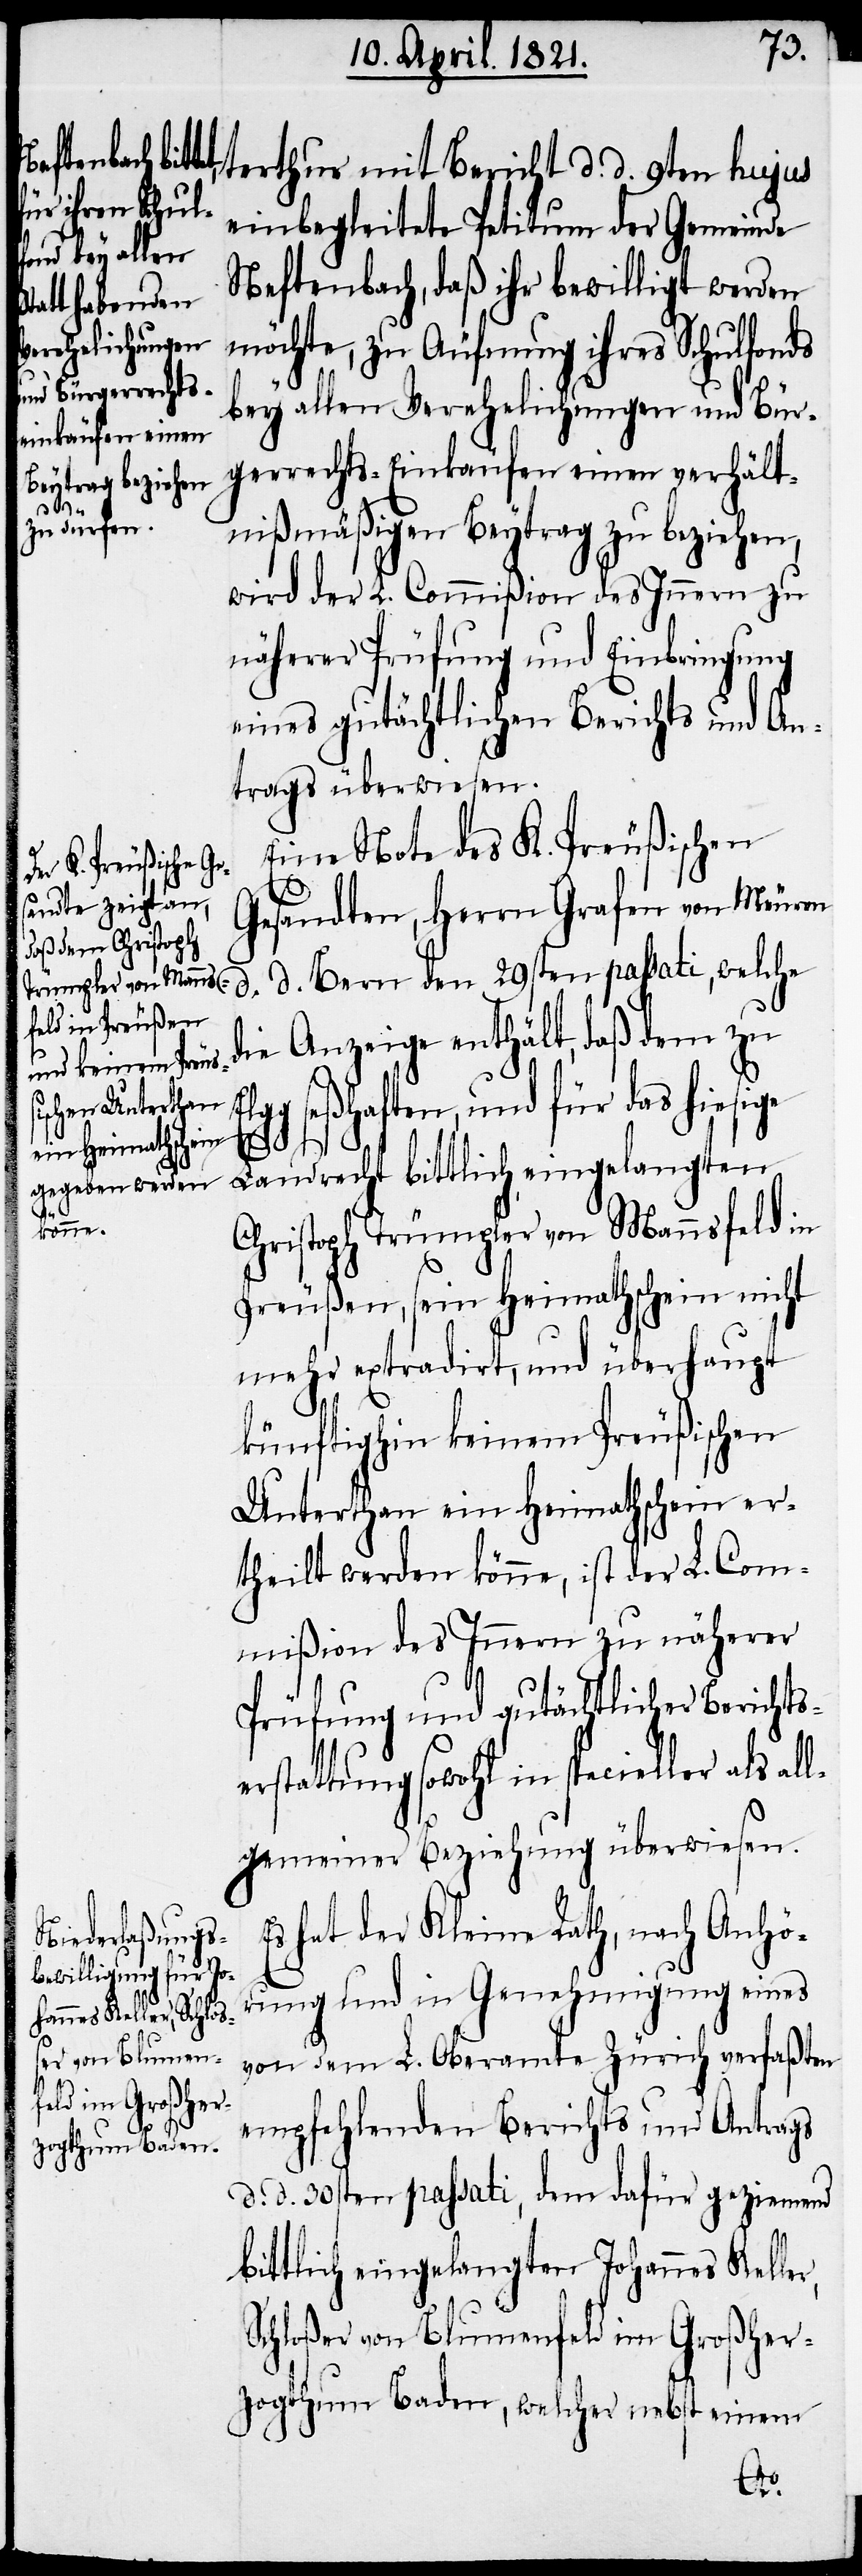
amte Win-
r,

terthur mit Bericht d. d. 9ten hujus
einbegleitete Petitum der Gemeinde
Neftenbach, daß ihr bewilligt werden
möchte, zu Äufnung ihres Schulfonds
bey allen Verehelichungen und Bür¬
gerrechts-Einkäufen einen verhält¬
nißmäßigen Beytrag zu beziehen,
wird der L. Commißion des Innern zu
näherer Prüfung und Einbringung
eines gutächtlichen Berichts und An¬
trags überwiesen.
Eine Note des K. Preußischen
Gesandten, Herrn Grafen von Meuron
d. d. Bern den 29sten passati, welche
die Anzeige enthält, daß dem zu
g seßhaften, und für das hiesige
L.
Landrecht bittlich eingelangten
Christoph Trümpler von Mannsfeld in
Preußen, sein Heimathschein nicht
mehr extradirt, und überhaupt
dem
künftighin keinem Preußischen
Unterthan ein Heimathschein er¬
theilt werden könne, ist der L. Com¬
mißion des Innern zu näherer
Prüfung und gutächtlicher Berichts¬
erstattung sowohl in specieller als all¬
gemeiner Beziehung überwiesen.
s hat der Kleine Rath, nach Anhör¬
ung und in Genehmigung eines
von dem L. Oberamte Zürich verfaßten
empfehlenden Berichts und Antrags
d. d. 30sten passati, dem dafür geziemend
bittlich eingelangten Johannes Kelle¬
Schloßer von Blumenfeld im Großher¬
zogthum Baden, welcher nebst einem
E¬